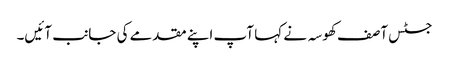
جسٹس آصف کھوسہ نے کہا آپ اپنے مقدمے کی جانب آئیں۔